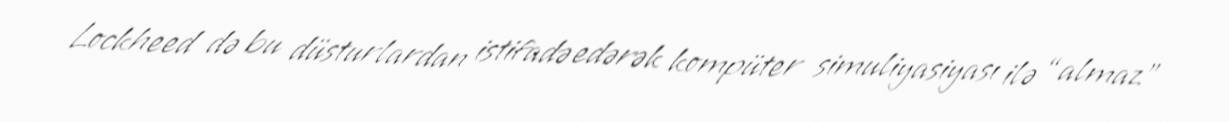
Lockheed də bu düsturlardan istifadə edərək kompüter simuliyasiyası ilə “almaz”